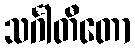
သင်္ဂါတီတော